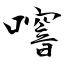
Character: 噾